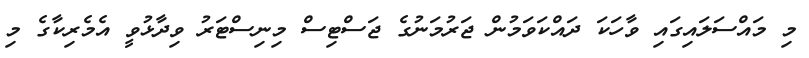
މި މައްސަލައިގައި ވާހަކަ ދައްކަވަމުން ޖަރުމަނުގެ ޖަސްޓިސް މިނިސްޓަރު ވިދާޅުވީ އެމެރިކާގެ މި